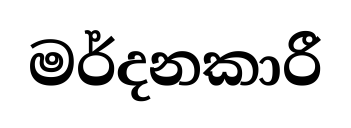
මර්දනකාරී